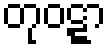
တုဝဋ္ဋာ